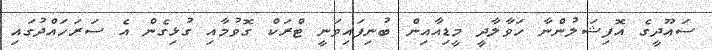
ސައޫދީގެ އޮފިޝަލުންނާ ހަވާލާދީ މީޑިއާއިން ބުނިފައިވަނީ ޓްރަކް ގޮވުމާއި ގުޅިގެން އެ ސަރަހައްދުގައި